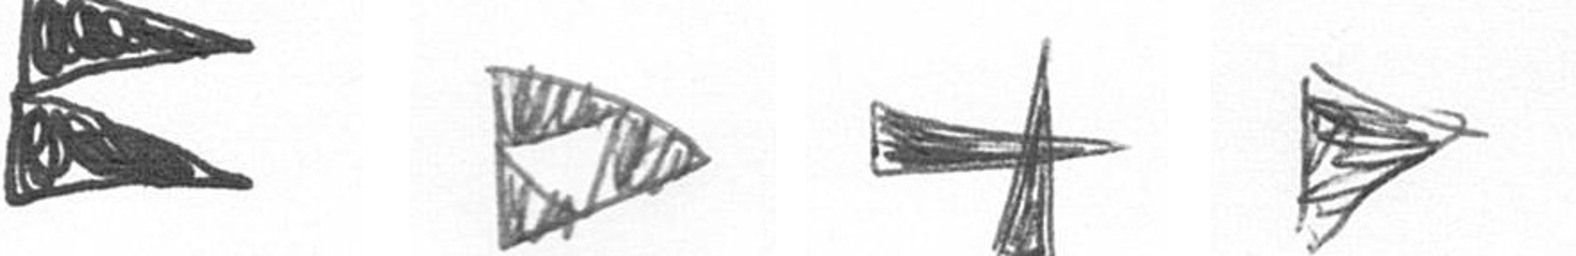
P K G T